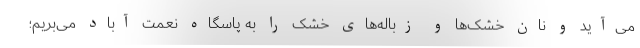
می‌آید و نان خشک‌ها و زباله‌های خشک را به پاسگاه نعمت آباد می‌بریم؛